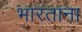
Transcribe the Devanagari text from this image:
भारताना